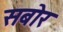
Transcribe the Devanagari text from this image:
सबोर